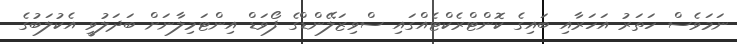
ނަމަވެސް ހަތަރު އަހަރާއި ބައިގެ ކޮންޓްރެކްޓެއްގައި ސްވިޒަލޭންޑްގެ ފޯވަޑް އިންޓަމިލާނަށް ބަދަލުވީ އެކުލަބުގެ